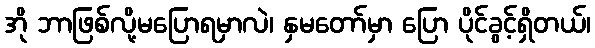
အို ဘာဖြစ်လို့မပြောရမှာလဲ၊ နှမတော်မှာ ပြော ပိုင်ခွင့်ရှိတယ်၊